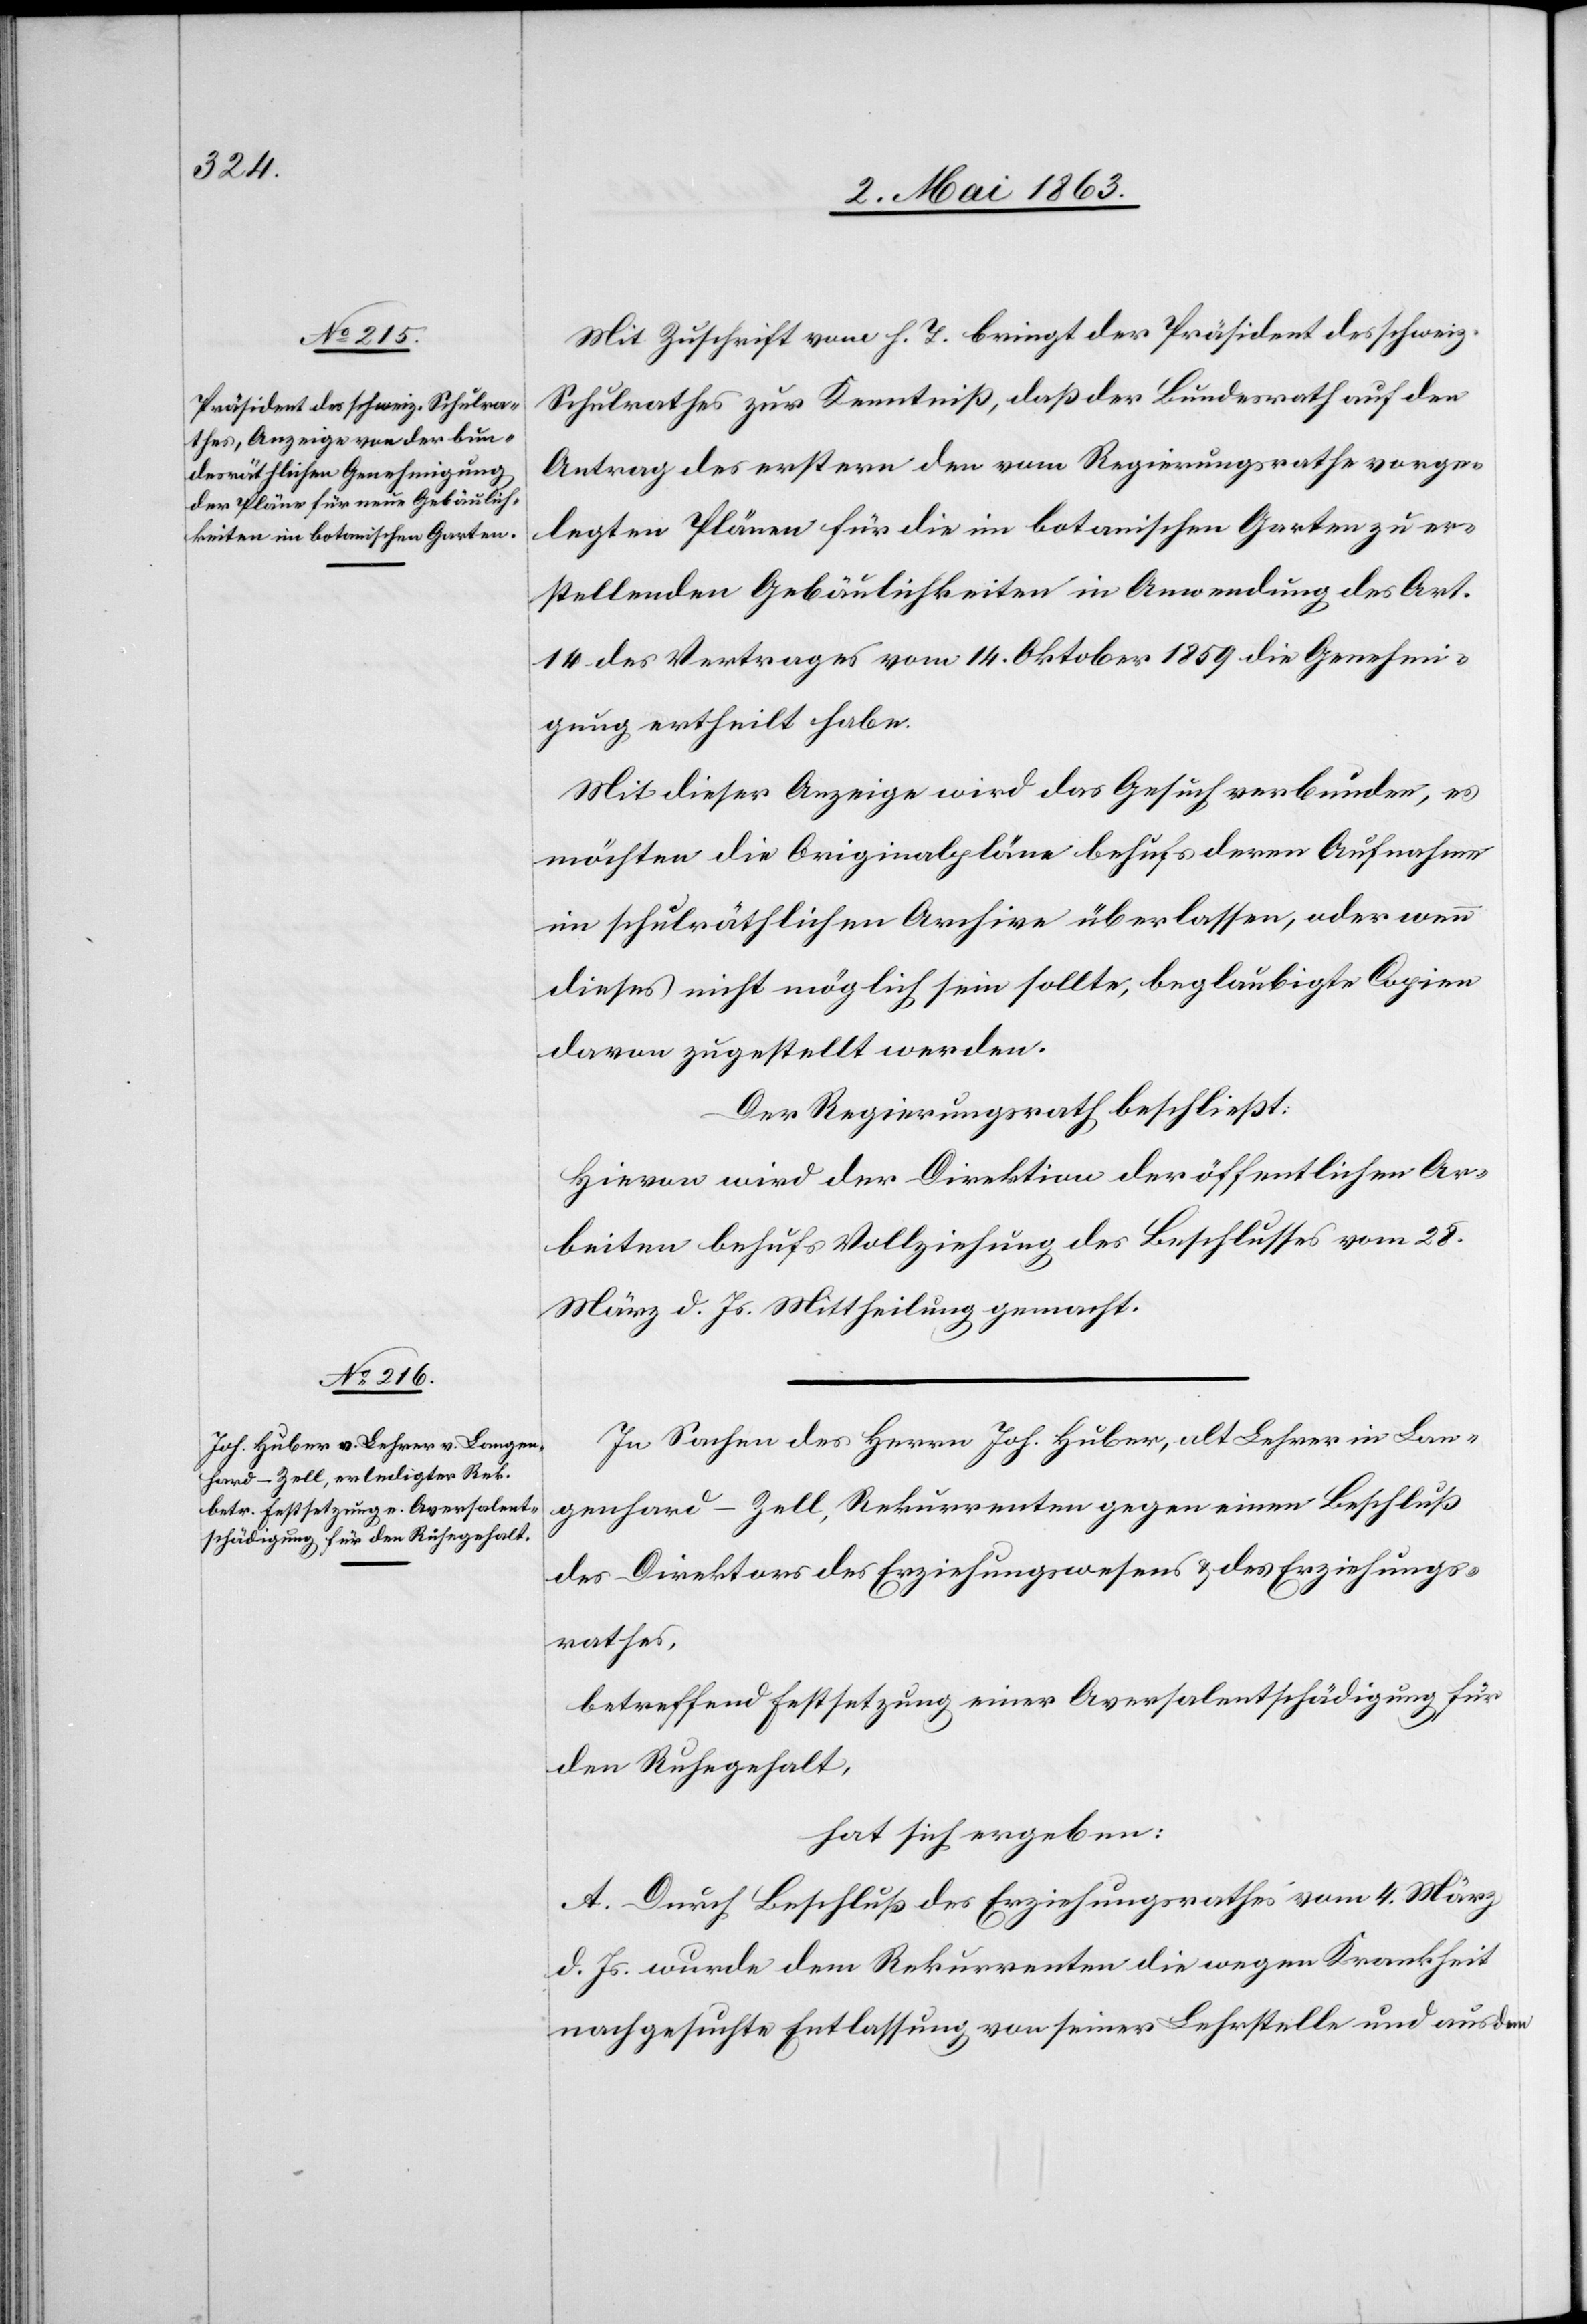
Mit Zuschrift vom h. T. bringt der Präsident des schweiz.
Schulrathes zur Kenntniß, daß der Bundesrath auf den
Antrag des erstern den vom Regierungsrathe vorge¬
legten Plänen für die im botanischen Garten zu er¬
stellenden Gebäulichkeiten in Anwendung des Art.
14 des Vertrages vom 14. Oktober 1859 die Genehmi¬
gung ertheilt habe.
Mit dieser Anzeige wird das Gesuch verbunden, es
möchten die Originalpläne behufs deren Aufnahme
im schulräthlichen Archive überlassen, oder wenn
dieses nicht möglich sein sollte, beglaubigte Copien
davon zugestellt werden.
Der Regierungsrath beschließt:
Hievon wird der Direktion der öffentlichen Ar¬
beiten behufs Vollziehung des Beschlusses vom 28.
März d. Js. Mittheilung gemacht.
In Sachen des Herrn Joh. Huber, alt Lehrer in Lan¬
genhard-Zell, Rekurrenten gegen einen Beschluß
des Direktors des Erziehungswesens & des Erziehungs¬
rathes,
betreffend Festsetzung einer Aversalentschädigung für
den Ruhegehalt,
hat sich ergeben:
A. Durch Beschluß des Erziehungsrathes vom 4. März
d. Js. wurde dem Rekurrenten die wegen Krankheit
nachgesuchte Entlassung von seiner Lehrstelle und aus dem